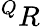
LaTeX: ^QR